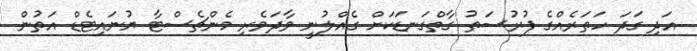
އަދި ގަދަ ހަތަރެއްގެ ފުރުސަތު ގާތްގަނޑަކަށް ގެއްލުނީ ވާދަވެރި މެންޗެސްޓާ ޔުނައިޓެޑް އަތުން